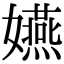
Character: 嬿